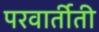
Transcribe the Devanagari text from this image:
परवार्तीती